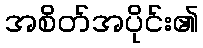
အစိတ်အပိုင်း၏